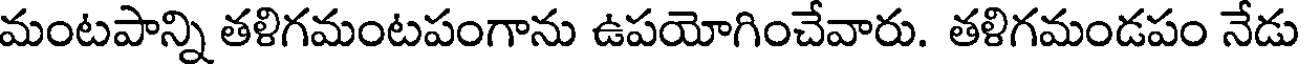
మంటపాన్ని తళిగమంటపంగాను ఉపయోగించేవారు. తళిగమండపం నేడు